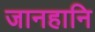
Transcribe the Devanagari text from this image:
जानहानि